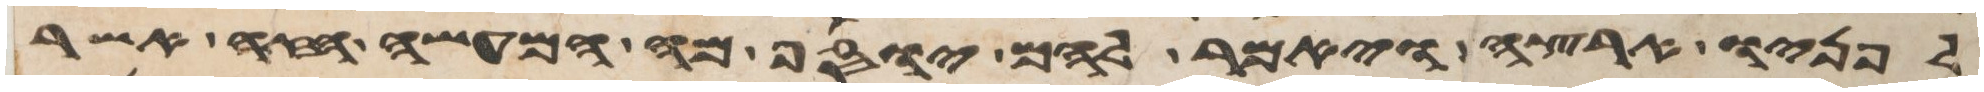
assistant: לפניו ארצה ויאמר להם יוסף מה המעשה הזה אשר